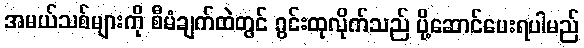
အမယ်သစ်များကို စီမံချက်ထဲတွင် ဂွင်းထုလိုက်သည် ပို့ဆောင်ပေးရပါမည်